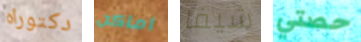
دكتوراه اماكن شيفا حصتي